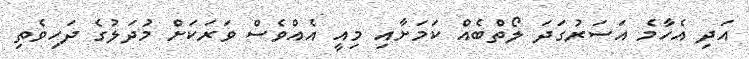
އަދި އެހާމެ އަސަރުގަދަ ލޯތްބެއް ކަަމަށާއި މިއީ އެއްވެސް ވަރަކަށް މުދަލުގެ ދަހިވެތި